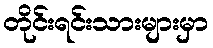
တိုင်းရင်းသားများမှာ